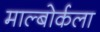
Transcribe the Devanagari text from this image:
माल्बोर्कला